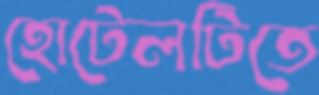
হোটেলটিতে